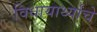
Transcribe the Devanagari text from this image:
विधायार्थ्यांचे